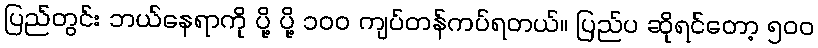
ပြည်တွင်း ဘယ်နေရာကို ပို့ ပို့ ၁၀၀ ကျပ်တန်ကပ်ရတယ်။ ပြည်ပ ဆိုရင်တော့ ၅၀၀